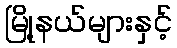
မြို့နယ်များနှင့်